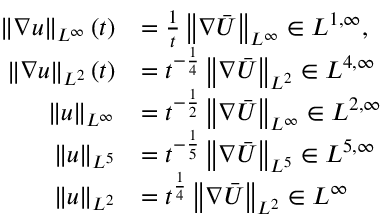
\begin{array} { r l } { \left\lVert \nabla u \right\rVert _ { L ^ { \infty } } ( t ) } & { = \frac 1 t \left\lVert \nabla \bar { U } \right\rVert _ { L ^ { \infty } } \in L ^ { 1 , \infty } , } \\ { \left\lVert \nabla u \right\rVert _ { L ^ { 2 } } ( t ) } & { = t ^ { - \frac 1 4 } \left\lVert \nabla \bar { U } \right\rVert _ { L ^ { 2 } } \in L ^ { 4 , \infty } } \\ { \left\lVert u \right\rVert _ { L ^ { \infty } } } & { = t ^ { - \frac 1 2 } \left\lVert \nabla \bar { U } \right\rVert _ { L ^ { \infty } } \in L ^ { 2 , \infty } } \\ { \left\lVert u \right\rVert _ { L ^ { 5 } } } & { = t ^ { - \frac 1 5 } \left\lVert \nabla \bar { U } \right\rVert _ { L ^ { 5 } } \in L ^ { 5 , \infty } } \\ { \left\lVert u \right\rVert _ { L ^ { 2 } } } & { = t ^ { \frac 1 4 } \left\lVert \nabla \bar { U } \right\rVert _ { L ^ { 2 } } \in L ^ { \infty } } \end{array}